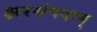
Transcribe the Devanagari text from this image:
क्षरसंपदाम्